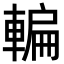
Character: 䡢